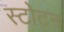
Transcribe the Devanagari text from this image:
स्टोटन